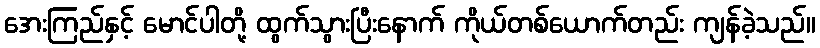
အေးကြည်နှင့် မောင်ပါတို့ ထွက်သွားပြီးနောက် ကိုယ်တစ်ယောက်တည်း ကျန်ခဲ့သည်။